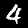
Digit: 4